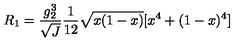
R _ { 1 } = \frac { g _ { 2 } ^ { 3 } } { \sqrt { J } } \frac { 1 } { 1 2 } \sqrt { x ( 1 - x ) } [ x ^ { 4 } + ( 1 - x ) ^ { 4 } ]